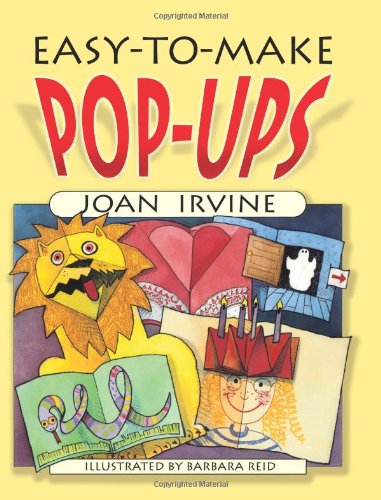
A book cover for Easy-to-Make Pop-Ups (Dover Origami Papercraft); Joan Irvine; Crafts, Hobbies & Home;